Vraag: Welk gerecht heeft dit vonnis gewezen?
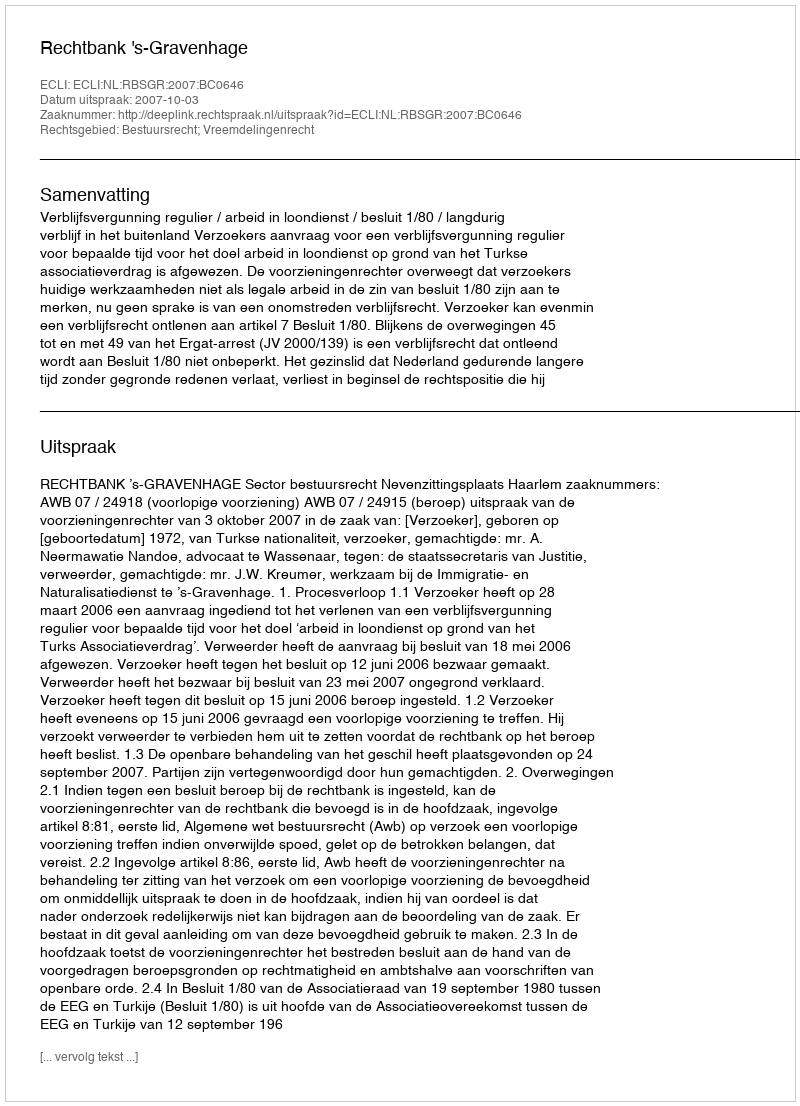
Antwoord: Rechtbank 's-Gravenhage